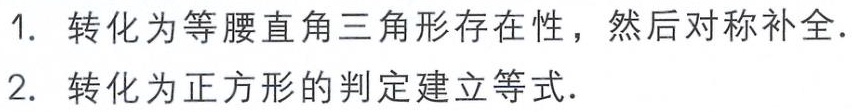
1. 转化为等腰直角三角形存在性，然后对称补全.
2. 转化为正方形的判定建立等式.